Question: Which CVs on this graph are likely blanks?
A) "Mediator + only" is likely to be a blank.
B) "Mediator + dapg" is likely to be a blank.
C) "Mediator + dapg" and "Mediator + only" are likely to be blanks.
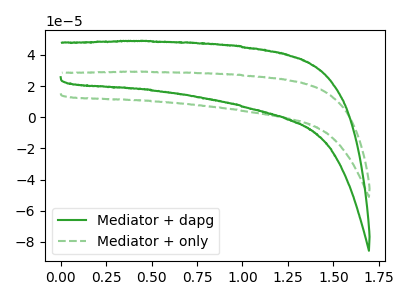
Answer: <think>The green curve "Mediator + dapg" has no peaks. The green dashed curve "Mediator + only" has no peaks.</think>
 <answer>C) "Mediator + dapg" and "Mediator + only" are likely to be blanks.</answer>
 <eval>C</eval>